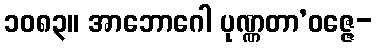
၁၀၈၃။ အာဘောဂေါ ပုဏ္ဏတာ’ဝဇ္ဇေ-